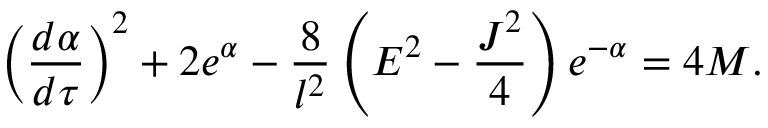
\left( \frac { d \alpha } { d \tau } \right) ^ { 2 } + 2 e ^ { \alpha } - \frac { 8 } { l ^ { 2 } } \left( E ^ { 2 } - \frac { J ^ { 2 } } { 4 } \right) e ^ { - \alpha } = 4 M .